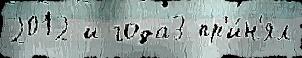
2012 и года3 пр'и́н'ял